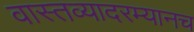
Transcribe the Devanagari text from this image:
वास्तव्यादरम्यानच